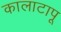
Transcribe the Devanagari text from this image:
कालाटापू